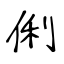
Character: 俐